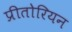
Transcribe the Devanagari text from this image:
प्रीतोरियन